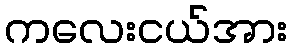
ကလေးငယ်အား